Cholera in India, 1862 to 1881
Year: 1862
Disease focus: Cholera
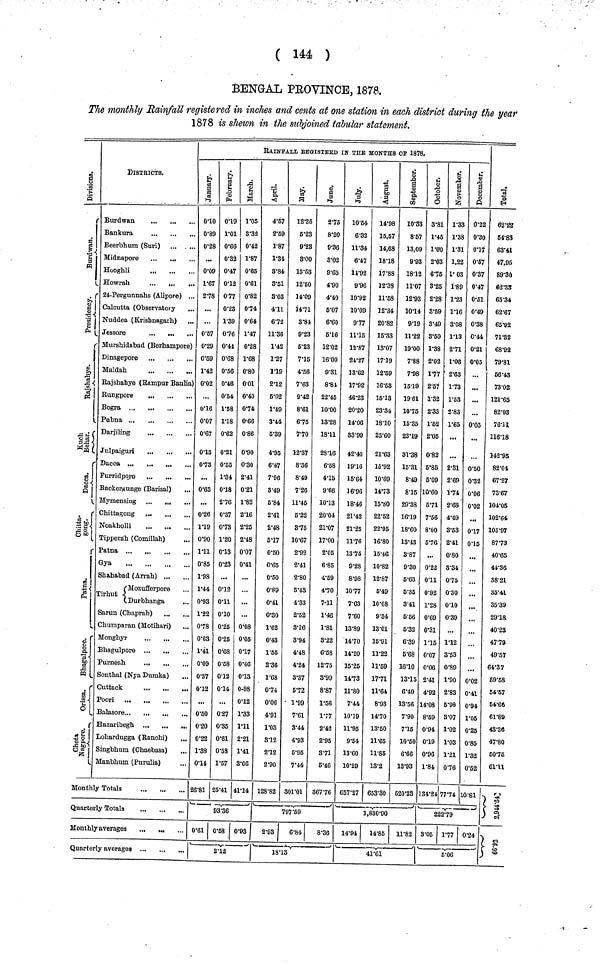
( 144 )
BENGAL PROVINCE, 1878.
The monthly Rainfall registered in inches and cents at one station in each district during the year
1878 is shewn in the subjoined tabular statement.
Division.
Burdwan.
Presidency.
Rajshahye.
Kuch
Behar.
Dacca.
Chitta gong.
Patna.
Bhagulpore.
Orissa.
Chota
Nagpur.
DISTRICTS.
Burdwan
Bankura
Beerbhum (Suri)
Midnapore
Hooghli
Howrah
24-Pergunnahs (Alipore) ...
Calcutta (Observatory
Nuddea (Krisbnagarh)
Jessore
Murshidabad (Berhampore)
Dinagepore
Maldab.
Rajshahye (Rampur Baulia)
Pubna
Darjiling
Julpaiguri
Backergunge (Barisal)
...
Chittagong
Noakholli
Tipperah (Comillah)
Patna
Gya
Sbahabad (Arrah)
Tirhut { Mozufferpore
Durbhanga
...
Sarun (Chaprah)
Chumparan (Motihari)
Monghyr
Bhagulpore
P
urneah
Sonthal (Nya Dumka)
Cuttack
...
...
.,,
Balasore...
...
Hazaribegh
Lohardugga (Ranchi)
...
Singbhum (Chaebasa)
Manbhum (Purulia)
Monthly Totals
Quarterly Totals
Monthly averages
Quarterly averages
RAIN FALL REGISTERD IN THE MONTHS OF 1878.
January.
010
0·89
0·28
0·09
1·67
278
0·57
0·29
0·59
1·42
0·02
0·16
0·07
0·67
013
0·73
0v63
0·26
119
0·90
1·11
0·85
1·98
1·44
0·93
1·22
0·78
0·63
1·41
0·09
0·37
0·12
0·50
0·20
0·22
1·38
014
26·81
February.
019
1·01
0·66
0·32
0·47
012
077
0·23
1·39
0·76
0·41
0·68
0·56
0·46
0·54
1·58
1·18
0·62
0·21
0·55
1·34
0·18
2·76
0·37
0·73
1·20
013
0·23
0·12
0·11
0·10
0·25
0·25
0·68
0·58
0·12
0·14
0·27
0·35
0·61
0·58
1·57
25·41
March.
1·05
3·32
0·42
1·87
0·65
0·61
0·82
0·74
0·64
1·47
0·28
1·68
0·80
0·01
0·40
0·74
0·66
0·86
0·90
0·30
2·41
0·21
1·82
2·16
2·25
2·48
0·07
0·41
0·08
0·05
0·17
0·46
0·13
0·98
012
1·33
1·11
2·21
1·41
3·06
41·14
93·36
0·61 0·58 0·93
2·12
April.
4·57
2·59
1·87
1·34
3·84
3·51
3·03
4·11
6·72
11·36
1·42
1·27
1·19
2·12
5·02
1·49
3·44
5·39
4·95
6·47
7·96
3·49
5·84
2·41
2·48
5' 17
0·50
0·65
0·50
0·89
0·41
0·30
1·62
0·43
1·55
2·36
1·68
0·74
0·06
4·91
1·03
3·12
2·12
2·90
128·82
May.
12·35
5·23
9·23
3·00
15·53
12·50
14·09
14·71
3·84
9·23
5·23
7·15
4·56
7·63
9·42
8·61
6·75
7·70
12·37
8·36
8·49
7·26
11·45
5·22
3·75
10·67
2·92
2·41
2·80
5·43
4·33
2·52
3·16
3·94
4·48
4·24
3·37
5·72
1·99
7·61
3·44
4·93
5·95
7·44
301·01
June.
2·75
8·20
9·36
3·02
9·65
4·90
4·40
5·07
6·60
5·16
12·02
16·00
9·31
8·81
22·45
10·00
13·28
1811
28·16
6·58
4·15
9·66
10·13
20·04
21·07
WOO
2·05
6·85
4·59
4·70
7-11
1·46
1·81
3·22
6·58
12·75
3·99
8·87
1·56
1·77
2·42
2·95
3·71
5·46
867·76
797 · 59
2·93
6·84
8·36
18·13
July.
10·54
6·32
11·34
6·47
11·92
9·96
10·92
10·09
9·77
11·15
12·87
24·27
13·62
17·92
46·23
20·20
14·06
33·99
42·40
19·16
15·64
16·96
18·46
21·42
21·25
11·76
13·74
9·28
8·98
10·77
7·63
7·60
13·89
14·70
14·20
15·25
14' 73
11·80
7·44
10·19
11·95
9·54
13·60
10·29
657·27
August.
14·98
15,57
14,68
18·18
17·88
12·38
11·58
12·34
20·82
15·33
13·07
17·19
12·59
16·53
15·13
23·34
18·10
23·60
21·63
15·92
10·69
14·73
15·80
22·52
22·95
16·80
15·46
10·82
12·87
5·49
10·08
9·34
13·01
15·91
11·22
11·59
17·71
11·64
8·93
14·70
13·50
11·65
11·85
13·2
653·30
september.
10·33
8·57
13,09
9·93
18·12
11·07
12·93
10·14
9·19
11·22
19·00
7·88
7·98
15·19
1961
10·75
15·35
23·19
31·38
15·31
8·49
8·15
29·38
16·19
18·60
13·43
3·87
9·30
5·63
5·35
3·41
5·56
5·32
6·39
5·68
16·10
13· 15
6·40
13·56
7·90
715
10·50
6·66
13·93
520·33
1,830·90
14·94
14·85 11·82
41·61
October.
3·31
1·45
1·00
2·03
6·75
3·25
2·28
3·59
3·49
3·50
1·38
2·02
1·77
2·57
1·32
2·33
1·52
2·05
0·82
5·85
5·09
10·60
5·71
7·56
8·00
676
0·22
0·11
0·92
1·28
0·69
0·31
115
0·07
0·06
2·41
4·92
14·08
8·59
0·94
019
0·96
1·84
134·24
November.
1·33
1·38
1·31
1,22
1·03
1·89
1·23
1·16
3·08
113
2·71
1·03
2·63
1·73
1·53
2·83
1·65
2·31
2·69
1·74
2·68
4·49
3·53
2·41
0·80
3·34
0·75
0·30
010
0·39
1·12
3·53
0·89
1·90
2·83
5·98
3·07
1·02
1·03
1·21
0·76
77·74
December.
0·22
0·30
017
0·57
0·37
0·47
0·51
0·49
0·38
0·44
0·21
0·05
0·05
0·50
0·32
0·06
0·02
0·17
015
0·02
0·41
0·94
1·05
0·25
0·85
1·32
0·52
10·81
222·79
3·05 1·77 0·24
5·06
Total.
62·22
54·83
63·41
47,95
89·30
62·33
65·34
62·67
65·92
71·32
68·92
79·81
56·43
73·02
121·65
82·03
76·11
116·18
142·95
82·01
67·27
73·67
104·05
102·64
105·97
87·73
40·65
44·36
38·21
35·41
35·39
29·18
40·23
47·79
49·57
64·37
59·58
54·57
54·66
61·89
43·36
47'80
50·75
6111
2,944·54
66·92